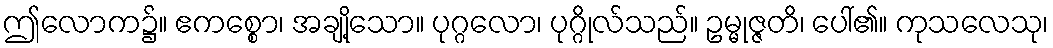
ဤလောက၌။ ဧကစ္စော၊ အချို့သော။ ပုဂ္ဂလော၊ ပုဂ္ဂိုလ်သည်။ ဥမ္မုဇ္ဇတိ၊ ပေါ်၏။ ကုသလေသု၊